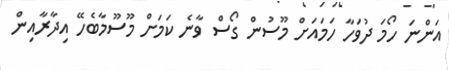
އަންނަ ހޯމަ ދުވަހާ ހަމައަށް މޫސުން ގޯސް ވާނެ ކަމަށް މޫސޫމާބެހޭ އިދާރާއިން